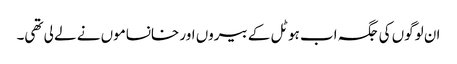
ان لوگوں کی جگہ اب ہوٹل کے بیروں اور خانساموں نے لے لی تھی۔